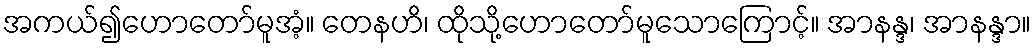
အကယ်၍ဟောတော်မူအံ့။ တေနဟိ၊ ထိုသို့ဟောတော်မူသောကြောင့်။ အာနန္ဒ၊ အာနန္ဒာ။